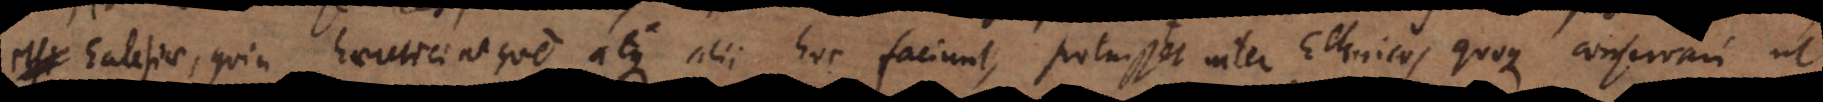
clesiae, quin haeretici aeque atque alii hoc faciunt, potuisset inter Ethnicos quoque conservari, ut